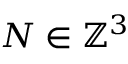
N \in \mathbb { Z } ^ { 3 }